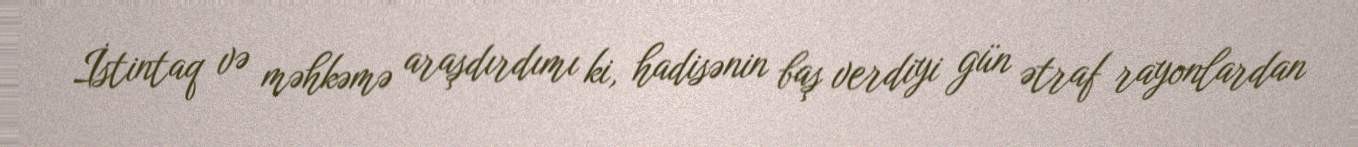
İstintaq və məhkəmə araşdırdımı ki, hadisənin baş verdiyi gün ətraf rayonlardan